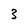
Character: 3